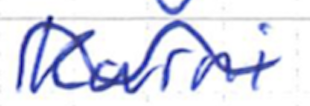
Text: Karni
Cross-out: wave
Writing tool: ballpoint